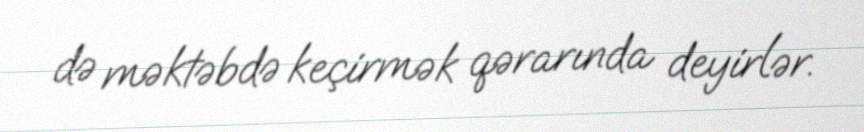
də məktəbdə keçirmək qərarında deyirlər.